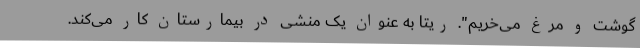
گوشت و مرغ می‌خریم". ریتا به عنوان یک منشی در بیمارستان کار می‌کند.